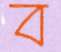
ব